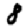
Digit: 8